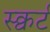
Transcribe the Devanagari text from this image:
स्क्वर्ट